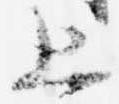
上